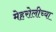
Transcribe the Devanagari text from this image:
मेहरोलीच्या